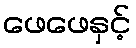
ဖေဖေနှင့်